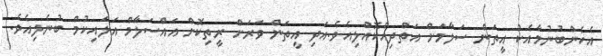
އެހެންބުނުމާއެކު އީތަން ސަލާމަށް އަތްދިއްކޮއްލިއެވެ.އަދި އީތަން ވަރަށް ރީތިކޮށް އައްސަލާމް އަލައިކުމް ބުނެލިއެވެ.